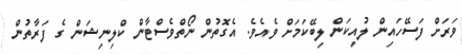
ވަަރަށް ފަސޭހައިން ލުއިކަން ލިބޭކަމަށް ވެއެވެ. އެގޮތުން ނޯތްވެސްޓާން ކްލިނިޝަން ގެ ފަރާތުން